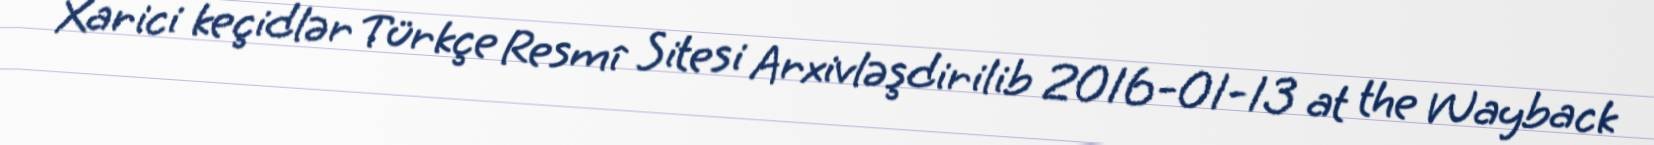
Xarici keçidlər Türkçe Resmî Sitesi Arxivləşdirilib 2016-01-13 at the Wayback